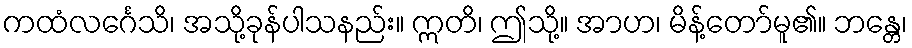
ကထံလင်္ဂေသိ၊ အသို့ခုန်ပါသနည်း။ ဣတိ၊ ဤသို့။ အာဟ၊ မိန့်တော်မူ၏။ ဘန္တေ၊